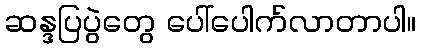
ဆန္ဒပြပွဲတွေ ပေါ်ပေါက်လာတာပါ။